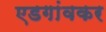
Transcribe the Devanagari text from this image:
एडगांवकर